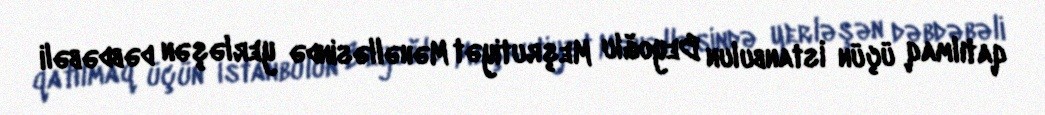
qatılmaq üçün İstanbulun Beyoğlu Meşrutiyət Məhəlləsində yerləşən dəbdəbəli